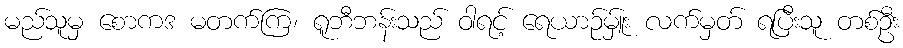
မည်သူမှ စောကဒ မတက်ကြ၊ ရူဘီဘန်းသည် ဝါရင့် ရေယာဉ်မ်ှူး လက်မှတ် ရပြီးသူ တစ်ဦး